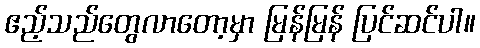
ဧည့်သည်တွေလာတော့မှာ မြန်မြန် ပြင်ဆင်ပါ။